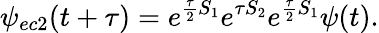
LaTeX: \psi_{ec2}(t+\tau)=e^{\frac{\tau}{2}S_{1}}e^{\tau S_{2}}e^{\frac{\tau}{2}S_{1}}\psi(t).